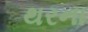
થરના